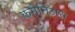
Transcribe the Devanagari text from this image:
कमैनिअस